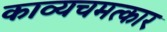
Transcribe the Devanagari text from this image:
काव्यचमत्कार